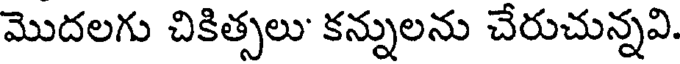
మొదలగు చికిత్సలు' కన్నులను చేరుచున్నవి.